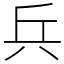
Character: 兵